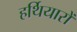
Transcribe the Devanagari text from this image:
हर्थियारों